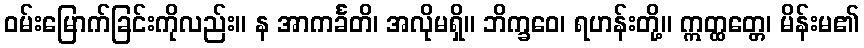
ဝမ်းမြောက်ခြင်းကိုလည်း။ န အာကင်္ခတိ၊ အလိုမရှိ။ ဘိက္ခဝေ၊ ရဟန်းတို့။ ဣတ္ထတ္တေ၊ မိန်းမ၏